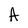
Character: A